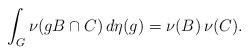
LaTeX: \begin{align*}\int_G \nu(gB \cap C) \, d\eta(g) = \nu(B) \, \nu(C).\end{align*}